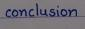
conclusion